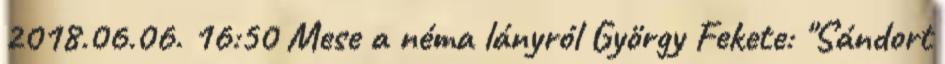
2018.06.06. 16:50 Mese a néma lányról György Fekete: "Sándort